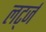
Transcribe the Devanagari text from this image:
लर्ट्ज